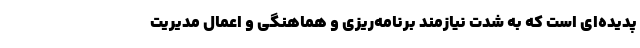
پدیده‌ای است که به شدت نیازمند برنامه‌ریزی و هماهنگی و اِعمال مدیریت